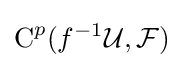
{\text{C}}^{p}(f^{-1}{\mathcal {U}},{\mathcal {F}})